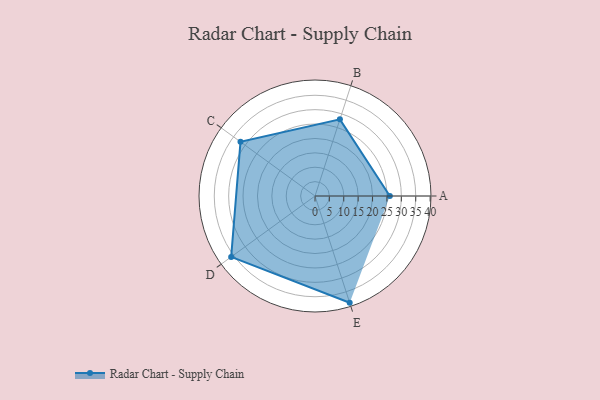
{"axis": {"x": "Skill", "y": "Score"}, "legend": ["Profile"], "data": [{"x": "A", "y": 26.0, "type": "Profile"}, {"x": "B", "y": 28.0, "type": "Profile"}, {"x": "C", "y": 32.0, "type": "Profile"}, {"x": "D", "y": 36.0, "type": "Profile"}, {"x": "E", "y": 39.0, "type": "Profile"}]}